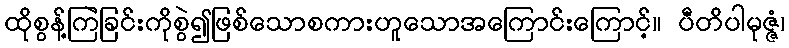
ထိုစွန့်ကြဲခြင်းကိုစွဲ၍ဖြစ်သောစကားဟူသောအကြောင်းကြောင့်။ ပီတိပါမုဇ္ဇံ၊